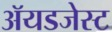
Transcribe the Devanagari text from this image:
ॲयडजेस्ट